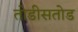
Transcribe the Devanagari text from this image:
तोडीसतोड